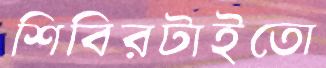
শিবিরটাইতো